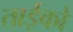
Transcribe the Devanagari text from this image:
ताईको